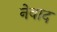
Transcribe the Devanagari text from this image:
नेवाद